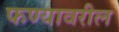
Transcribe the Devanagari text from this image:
फण्यावरील